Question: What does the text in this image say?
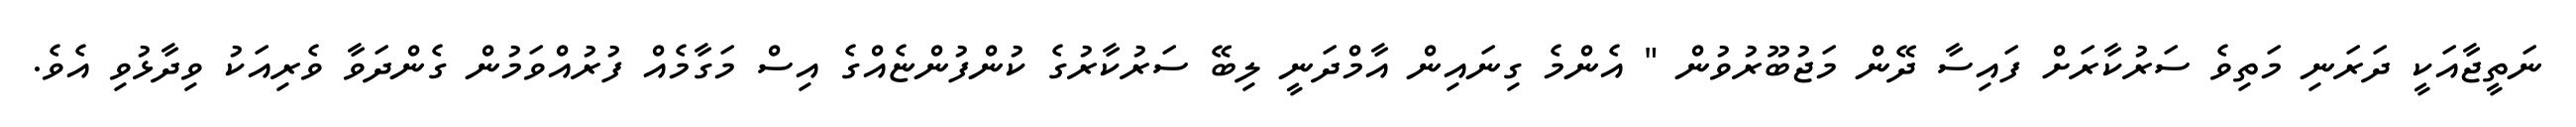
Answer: ނަތީޖާއަކީ ދަރަނި މަތިވެ ސަރުކާރަށް ފައިސާ ދޭން މަޖުބޫރުވުން " އެންމެ ގިނައިން އާމްދަނީ ލިބޭ ސަރުކާރުގެ ކުންފުންޏެއްގެ އިސް މަގާމެއް ފުރުއްވަމުން ގެންދަވާ ވެރިއަކު ވިދާޅުވި އެވެ.